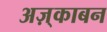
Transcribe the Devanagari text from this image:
अज़्काबन